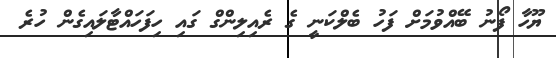
ޔޫހާ ފޯނު ބޭއްވުމަށް ފަހު ބެލްކަނީ ގެ ރެއިލިންގް ގައި ހިފަހައްޓާލައިގެން ހުރެ